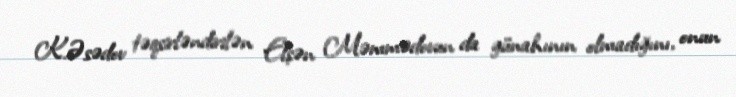
K.Əsədov təqsirləndirilən Elşən Məmmədovun da günahının olmadığını, onun